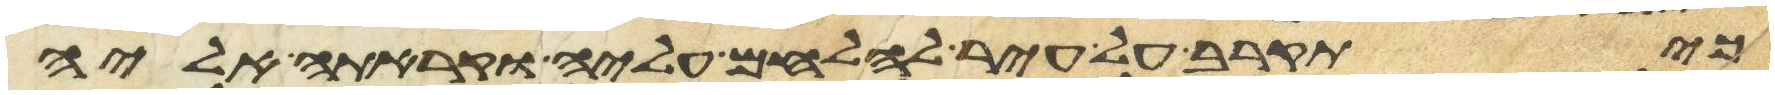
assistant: כי תקרב על עיר להלחם עליה וקראת אליה